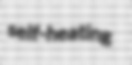
self-heating